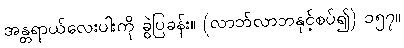
အန္တရာယ်လေးပါးကို ခွဲပြခန်း။ (လာဘ်လာဘနှင့်စပ်၍) ၁၅၇။